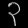
Digit: ၃